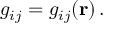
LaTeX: g _ { i j } = g _ { i j } ( \mathbf { r } ) \, .